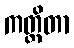
ကတ္ထိတာ